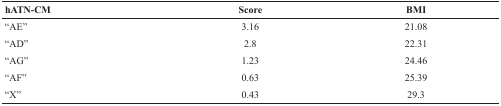
<table><thead><tr><td><b>hATN-CM</b></td><td><b>Score</b></td><td><b>BMI</b></td></tr></thead><tbody><tr><td>“AE”</td><td>3.16</td><td>21.08</td></tr><tr><td>“AD”</td><td>2.8</td><td>22.31</td></tr><tr><td>“AG”</td><td>1.23</td><td>24.46</td></tr><tr><td>“AF”</td><td>0.63</td><td>25.39</td></tr><tr><td>“X”</td><td>0.43</td><td>29.3</td></tr></tbody></table>